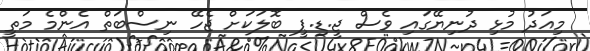
މިއަދު މުޅި ދުނިޔޭގައި ވެސް ޖީ.ޑި.ޕީ ބޮލަކަށް ޖެހޭ ނިސްބަތް އެންމެ މަތީ